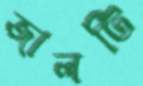
জালটি